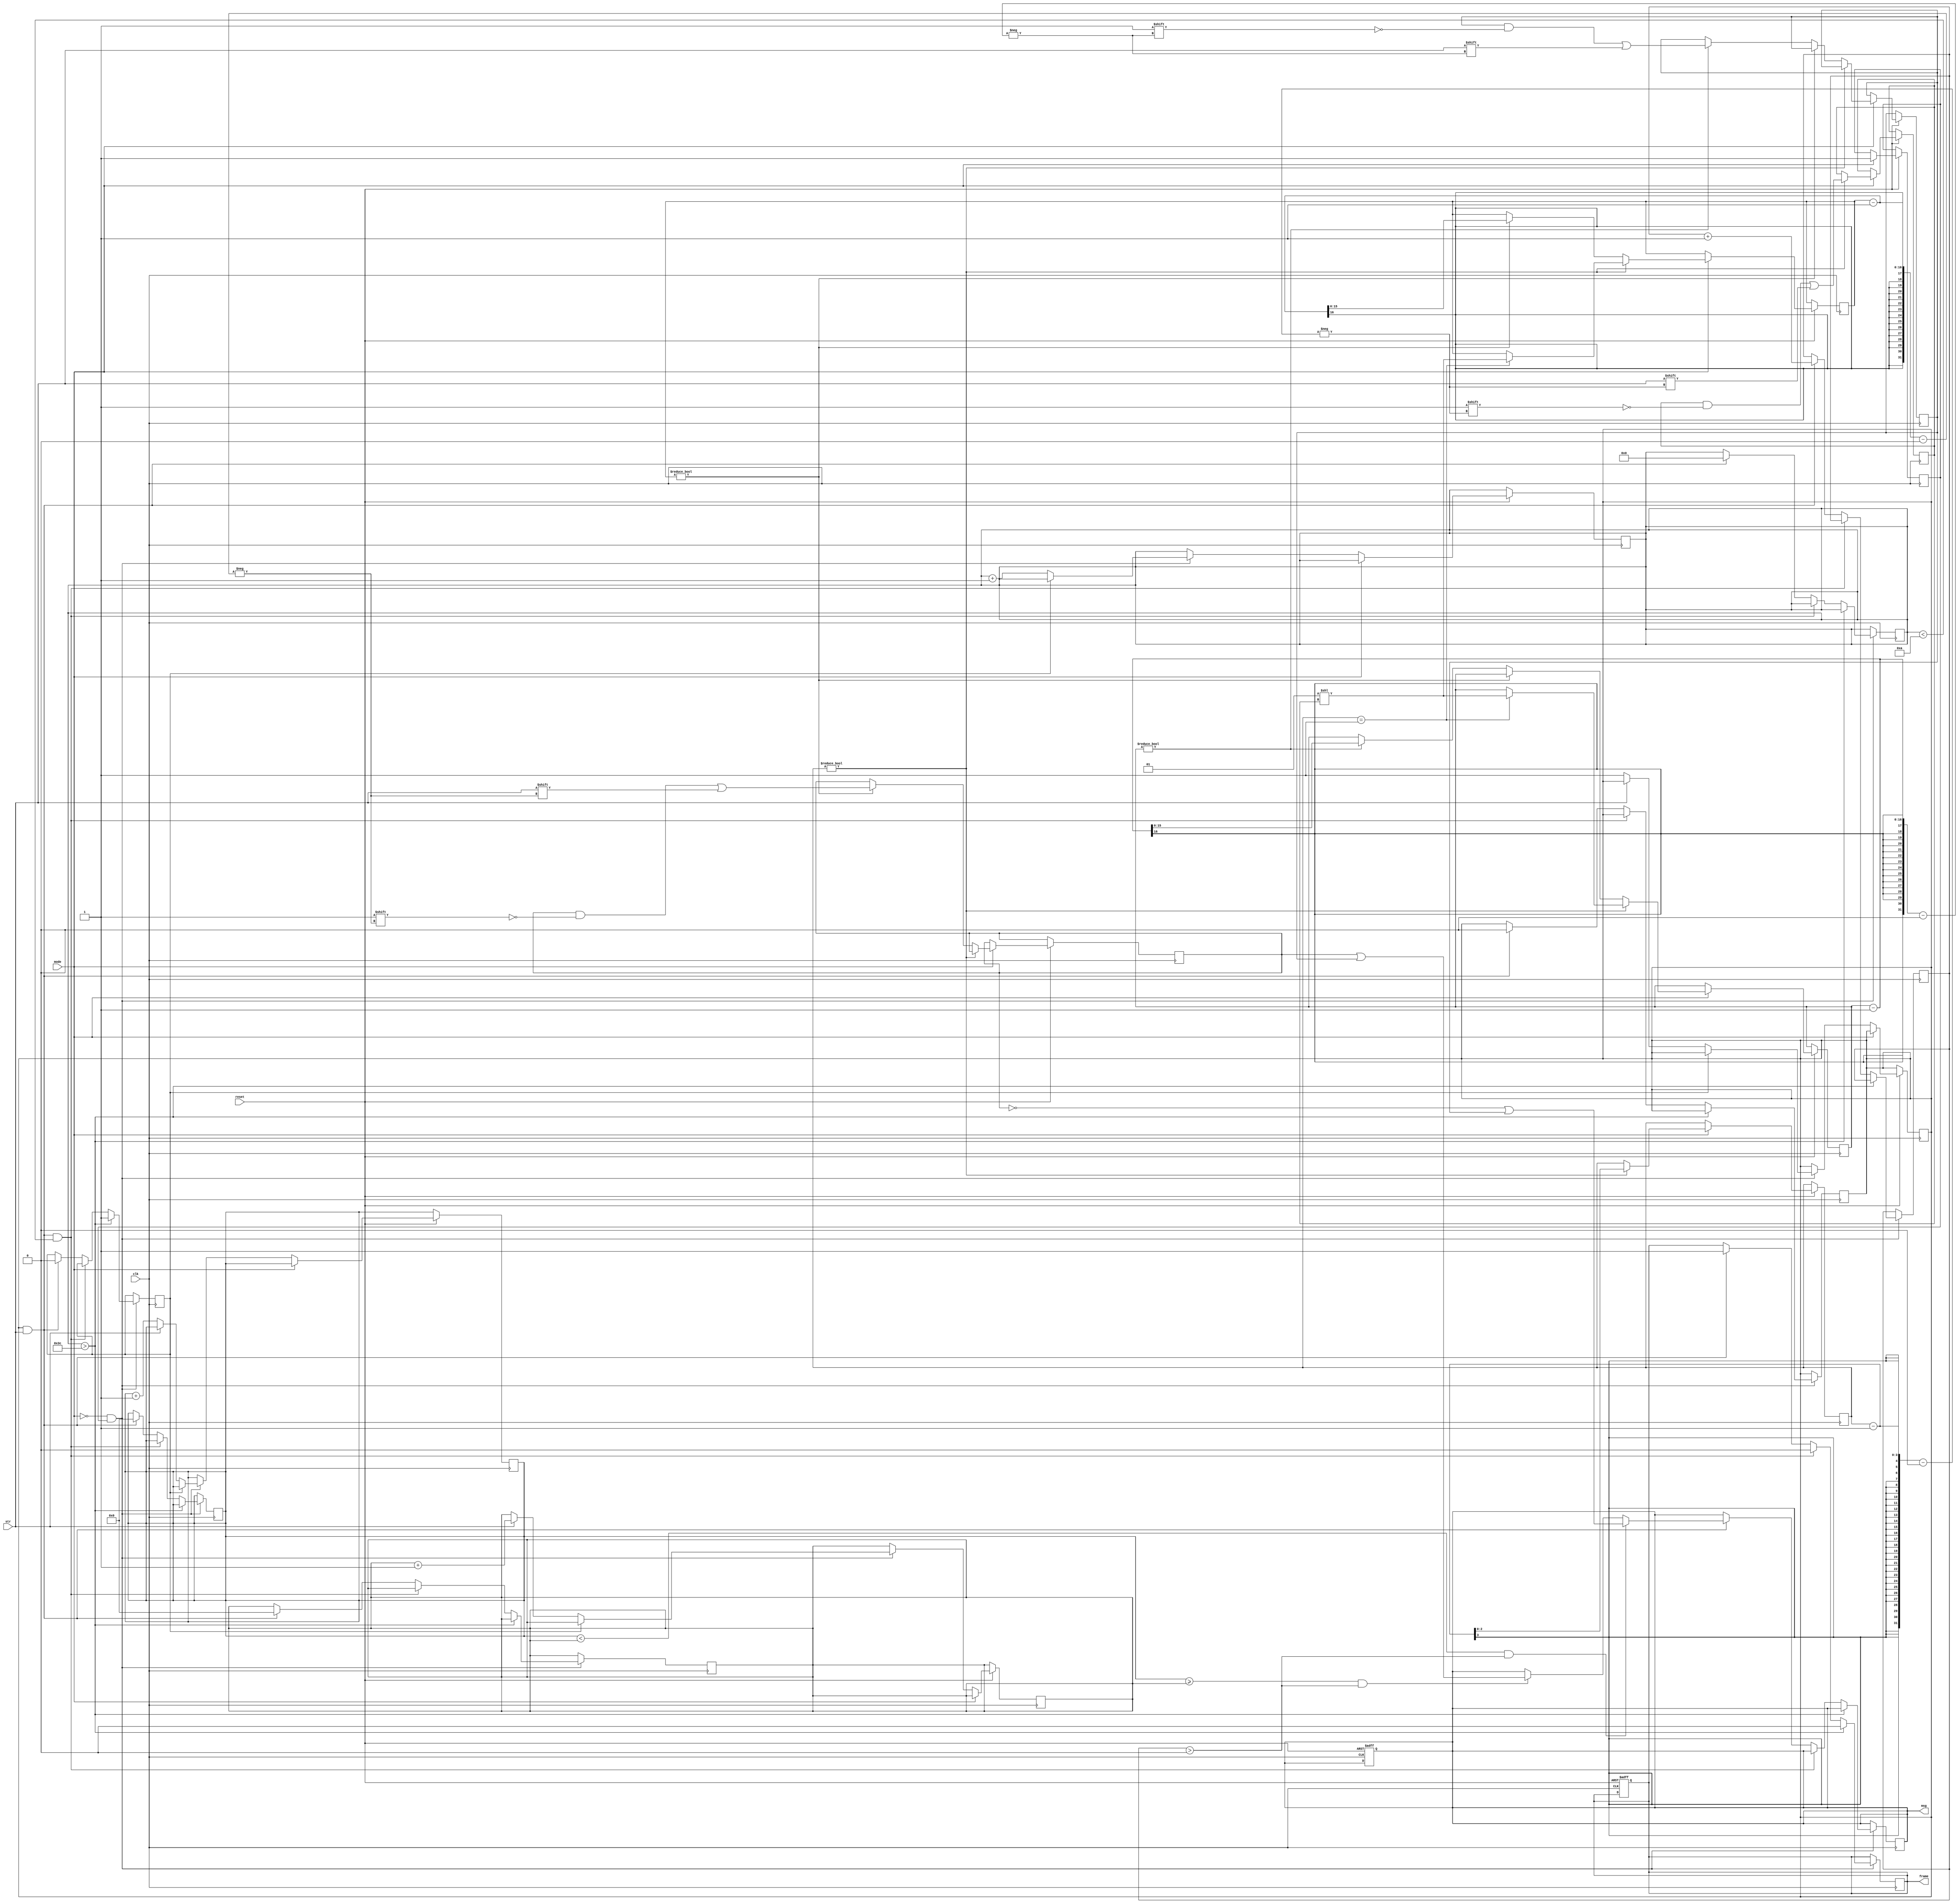
// Created by F. Afentaki
// Revision 1.2

module SAM (str, mode, clk, reset, msg, frame);
	
	//input
	input str;
	input mode;
	input clk;
	input reset;
	
	//output
	output reg [31:0] msg;
	output reg frame;
	
	reg [3:0] n = 4'b0000;
	reg [31:0] d = 32'b00;
	reg [31:0] capsN = 32'b0;
	
	reg[2:0] counter0 = 3'b100;		//log2(n) = log2(4) = 2 bits +1 reverse
	reg[15:0] counter1 = 16'b0;		//log2( 2^max(n) )=log2( 2^ 1111)=log2(2^15) = 15 bits +1 reverse
	reg[15:0] counter2 = 16'b0;

	reg[15:0] countZeros = 16'b0;	//log2(n) = log2(4) = 2 bits
	reg[15:0] countOnes = 16'b0;	//log2( 2^max(n) )=log2( 2^ 1111)=log2(2^15) = 15 bits
	reg[5:0] bitPeriod = 6'b0;
	reg[5:0] prevBitPeriod = 6'b0;

	reg prevBit = 1'b0;
	reg[15:0] msgSize = 16'b0;

	reg status = 1'b1;
	
	reg configured = 1'b0;
	//reg valid = 1'b0;
	//reg [15:0] sent = 16'b0;
	reg [31:0] sent = 32'b0;

	reg stop_count = 1'b0;
	//reg [31:0] tmp;
	//reg [31:0] tmp2;
	
	always @(posedge clk, negedge reset) begin
     
		if (!reset) begin msg <= 0; frame <=0; end
		else if (mode) begin 				
			if(counter0) 
				begin  
					n[counter0-1] <= str; 
					counter0 <= counter0-1; 
					if(counter0==3'b001) begin
						#1 counter1 <= 2**n; 		//logw paralilias 
						#1 counter2 <= 2**n;
					end
				end
			else if(counter1) 
				begin  
					d[counter1-1]<= str; 
					counter1<= counter1-1; 
				end
			else if(counter2) 
				begin  
					capsN[counter2-1]<= str; 
					counter2<= counter2-1; 
				end	
			configured <= 1'b1;
		end		
		else if (!mode&configured) begin 
		//#1	status = (!prevBit)&str;
		
			if (!stop_count) begin
				#1 if(str==1'b1) begin
					countOnes <= countOnes+1;
				end
				else if(str==1'b0) begin
					countZeros <= countZeros+1;
					prevBit <= 1'b1;				
				end
				#1 bitPeriod <= bitPeriod+1;
				//#5 prevBit <= str;
			end
		end
	end


	always @(negedge clk) begin
		if (!mode&configured) begin 
			if(bitPeriod>6'b111100) begin
				frame <= 0;
				stop_count <= 1'b1;
			end
			else if(prevBit&str & bitPeriod<4'b1010) begin
				frame <= 0;
			end
			//else if(countOnes==1'b1 | countOnes==2'b10&frame==1'b0)begin
			else if(prevBit&str) begin
				frame <= 1'b1;
				
				
				/******************************************************************
				*******************************************************************/
				//assign  msg = 	(countZeros<countOnes & msgSize) 	? 	(~d)|capsN:	d|capsN ;
								
				#1 if(countZeros<countOnes & msgSize>1'b0) begin
					//msg <= (crypto[]^d)|capsN;
					//tmp <= 32'b1^d;
					//tmp2 <= ~d;
					sent[msgSize-1] <= 1'b1;
					msg <= (~d)|capsN;			// 1^d = !d = ~b
				end
				else if(countZeros>=countOnes & msgSize>1'b0) begin
					sent[msgSize-1] <= 1'b0;
					msg <= d|capsN;				// 0^d = d
					
				end

				prevBit <= 1'b0;
				countZeros <= 15'b0;
				countOnes <= 15'b0;
				bitPeriod <= 1'b0;
				prevBitPeriod <= bitPeriod;
				#1 msgSize <= msgSize+1; // an den einai valid to str sent[-1]=str;
				stop_count <= 1'b0;
				//valid <= 1'b1;
				/******************************************************************
				*******************************************************************/
			end
		end

	end


endmodule